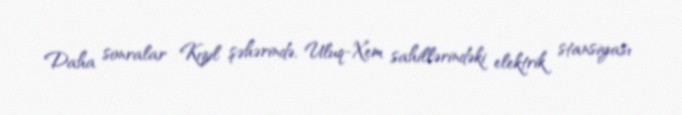
Daha sonralar Kızıl şəhərində, Uluq-Xem sahillərindəki elektrik stansiyası